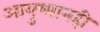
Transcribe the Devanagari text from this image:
आयुष्मानही